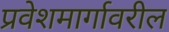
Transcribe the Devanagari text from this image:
प्रवेशमार्गावरील